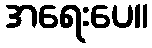
အရေးပေ။